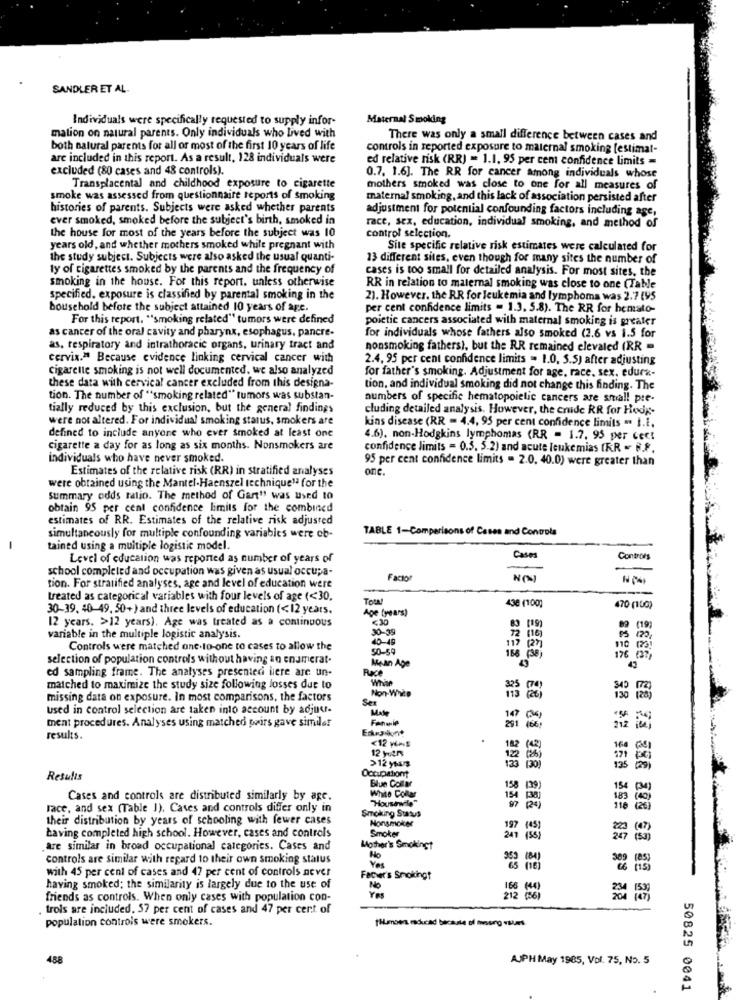
SANDLER ET AL.
Individuals were specifically requested to supply infor-
Maternal Smoking
mation on natural parents. Only individuals who Lived with
There was only a small difference between cases and
both natural parents for all of most of the first 10 years of life
controls in reported exposure to maternal smoking [estimat-
are included in this report. As a result, 128 individuals were
ed relative risk (RR) = 1.1. 95 per cem confidence limits =
excluded (80 cases and 48 controls).
Transplacental and childhood exposure to cigarette
0.7. 1.6]. The RR for cancer among individuals whose
mothers smoked was close to one for all measures of
smoke was assessed from questionnaire reports of smoking
maternal smoking, and this lack of association persisted after
histories of parents. Subjects were asked whether parents
adjustment for potential confounding factors including age,
ever smoked, smoked before the subject's birth, smoked in
the house for most of the years before the subject was 10
race, sex, education, individual smoking, and method of
control selection,
years old, and whether mothers smoked while pregnant with
Site specific relative risk estimates were calculated for
the study subject. Subjects were also asked the usual quanti-
13 different sites, even though for many sites the number of
ty of cigarettes smoked by the parents and the frequency of
cases is too small for detailed analysis. For most sites, the
smoking in the house. For this report. unless otherwise
RR in relation to maternal smoking was close to one (Table
specified. exposure is classified by parental smoking in the
2). However, the RR for leukemia and lymphoma was 2.7 [95
household before the subject attained 10 years of age.
per cent confidence limits - 1.3. 5.8). The RR for hemato-
For this report. "smoking related" tumors were defined
poietic cancers associated with maternal smoking is greater
as cancer of the oral cavity and pharynx, esophagus, pancre-
for individuals whose fathers also smoked (2.6 vs 1.5 for
as, respiratory and intrathoracic organs, urinary tract and
nonsmoking fathers), but the RR remained elevaled (RR -
cervix." Because evidence linking cervical cancer with
2.4. 95 per cent confidence limits = 1.0. 3.5) after adjusting
cigarette smoking is not well documented. we also analyzed
these data with cervical cancer excluded from this designa-
for father's smoking. Adjustment for age, race, sex. edurx-
tion, and individual smoking did not change this finding. The
tion. The number of "smoking related" tumors was substan-
numbers of specific hematopoielic cancers are small pre-
tially reduced by this exclusion, but the general findings
cluding detailed analysis. However, the crude RR for Hodg-
were not altered. For individual smoking status, smokers are
defined to include anyone who ever smoked at least one
kins disease (RR = 4.4, 95 per cent confidence limits . I.t.
4.6), non-Hodgkins lymphomas (RR = 1.7. 95 per cect
cigarette a day for as long as six months. Nonsmokers are
confidence limits = 0.5. 5.2) and acute leuke mias (RR - R.f.
individuals who have never smoked.
95 per cent confidence limits = 2.0. 40.0) were greater than
Estimates of the relative risk (RR) in stratified analyses
one
were obtained using the Mantel-Haenszel technique" for the
summary odds ratio. The method of Gart" was used to
obtain 95 per cent confidence limits for the combined
estimates of RR. Estimates of the relative risk adjusted
TABLE 1-Comparisons of Cases and Controls
simultaneously for multiple confounding variables were ob-
-
tained using a multiple logistic model.
Level of education was reported as number of years of
Cases
Controes
school completed and occupation was given as usual occupa-
Facto
NO
tion. For stratified analyses, age and level of education were
treated as categorical variables with four levels of age (<30,
Tow !!
30-39. 40-49. 50+) and three levels of education (<12 years.
Age (years)
438 (100)
470 (ua)
12 years. >12 years). Age was treated as a continuous
<30
30-39
89 (19)
variable in the multiple logistic analysis.
72 (16)
Controls were matched one-to-one to cases to allow the
50-59
117 127)
selection of population controls without having an enumerat.
Mean Age
165 (38)
176 37 ,
ed sampling frame. The analyses presentedi liere are un-
43
Whian
matched to maximize the study size following losses due to
Non-White
missing data on exposure. In most comparisons, the factors
Sex
Used in control selection are taken into account by adjour-
Made
Fanenle
147
201 16)
ment procedures. Analyses using matched pairs gave similar
results.
<12 WAS
182
12 your
>12 years
133
Results
Blue Collar
White Collar
158
Cases and controls are distributed similarly by age.
"Housewife"
154
Face, and sex (Table J), Cases and controls differ only in
Smoking Status
97
their distribution by years of schooling with fewer cases
Monsmoker
Smoker
197 (45)
having completed high school. However, cases and controls
(55)
are similar in broad occupational categories. Cases and
Mother's Smokingt
controls are similar with regard to their own smoking status
Ho
953
with 45 per cent of cases and 47 per cent of controls never
Yes
65 (16)
Facver's Smokingt
having smoked; the similarity is largely due to the use of
No
166
friends as controls. When only cases with population con-
212 (36)
trois are included. 57 per cent of cases and 47 per cent of
population controls were smokers.
falemoers reduced because of messing values
488
AJPH May 1965, Vol. 75, No. 5
.
50825 0041